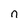
Character: n